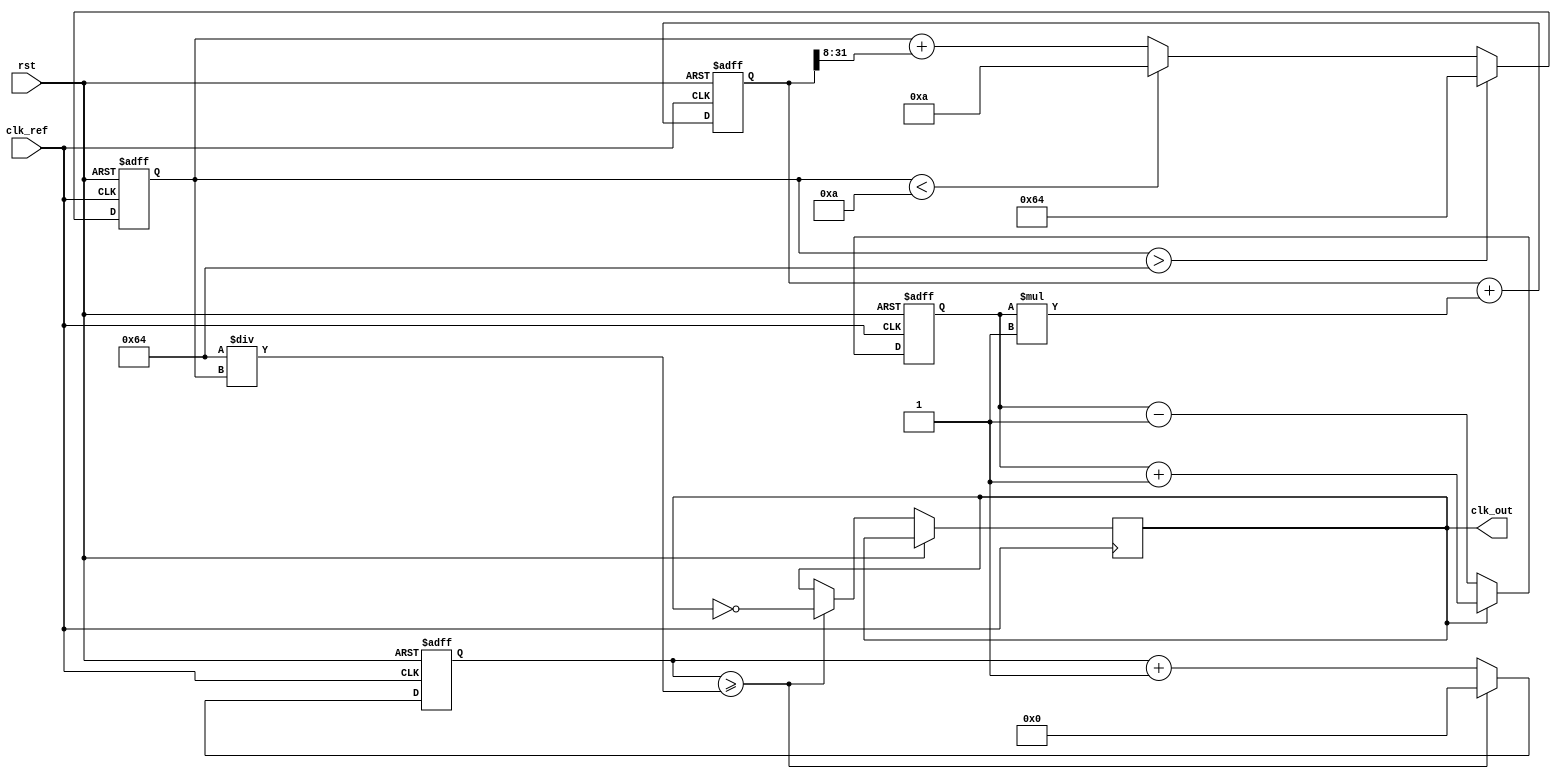
module pll (
    input wire clk_ref,        // Reference clock input
    input wire rst,            // Reset signal
    output reg clk_out         // Output clock
);

// Parameters for the PLL
parameter integer VCO_MAX_FREQ = 100; // Maximum frequency of VCO
parameter integer VCO_MIN_FREQ = 10;   // Minimum frequency of VCO
parameter integer LOOP_FILTER_GAIN = 1; // Gain for loop filter

// Internal signals
reg [31:0] phase_error;          // Phase error signal
reg [31:0] vco_freq;             // VCO frequency
reg [31:0] loop_filter_output;    // Output of the loop filter
reg [31:0] counter;               // Counter for VCO output

// Phase Detector (PD)
always @(posedge clk_ref or posedge rst) begin
    if (rst) begin
        phase_error <= 0;
    end else begin
        // Simple phase detection logic (for example, using edge detection)
        if (clk_out) begin
            phase_error <= phase_error + 1; // Increment phase error
        end else begin
            phase_error <= phase_error - 1; // Decrement phase error
        end
    end
end

// Loop Filter (2nd order)
always @(posedge clk_ref or posedge rst) begin
    if (rst) begin
        loop_filter_output <= 0;
    end else begin
        // Simple RC filter implementation
        loop_filter_output <= loop_filter_output + (phase_error * LOOP_FILTER_GAIN);
    end
end

// Voltage-Controlled Oscillator (VCO)
always @(posedge clk_ref or posedge rst) begin
    if (rst) begin
        vco_freq <= VCO_MIN_FREQ;
        counter <= 0;
    end else begin
        // Adjust VCO frequency based on the loop filter output
        vco_freq <= vco_freq + (loop_filter_output >> 8); // Adjust frequency
        if (vco_freq > VCO_MAX_FREQ) begin
            vco_freq <= VCO_MAX_FREQ; // Cap at max frequency
        end else if (vco_freq < VCO_MIN_FREQ) begin
            vco_freq <= VCO_MIN_FREQ; // Floor at min frequency
        end

        // Generate output clock based on VCO frequency
        counter <= counter + 1;
        if (counter >= (100 / vco_freq)) begin // Adjust counter threshold based on VCO frequency
            clk_out <= ~clk_out; // Toggle output clock
            counter <= 0;
        end
    end
end

endmodule